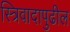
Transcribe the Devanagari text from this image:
स्त्रिवादापुढील